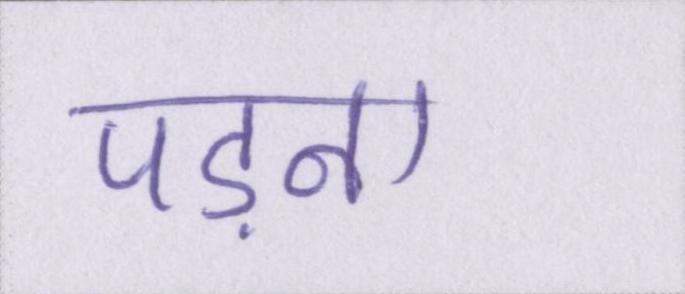
पड़ना